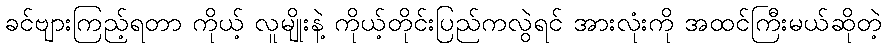
ခင်ဗျားကြည့်ရတာ ကိုယ့် လူမျိုးနဲ့ ကိုယ့်တိုင်းပြည်ကလွဲရင် အားလုံးကို အထင်ကြီးမယ်ဆိုတဲ့